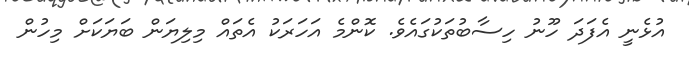
އުޅެނީ އެފަދަ ހޫނު ހިސާބުތަކުގައެވެ. ކޮންމެ އަހަރަކު އެތައް މިލިޔަން ބަޔަކަށް މިހުން